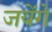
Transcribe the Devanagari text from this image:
जयेंगे